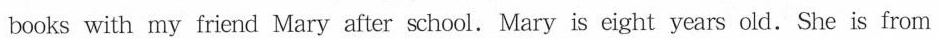
books with my friend Mary after school. Mary is eight years old.She is from